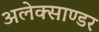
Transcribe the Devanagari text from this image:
अलेक्साण्डर